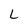
Character: L